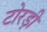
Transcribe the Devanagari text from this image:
टोरड़ी